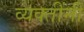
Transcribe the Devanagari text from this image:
व्‍यक्‍तींनी